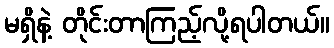
မရှိနဲ့ တိုင်းတာကြည့်လို့ရပါတယ်။